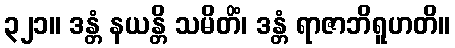
၃၂၁။ ဒန္တံ နယန္တိ သမိတိံ၊ ဒန္တံ ရာဇာဘိရူဟတိ။